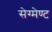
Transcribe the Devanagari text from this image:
सेग्मेण्ट